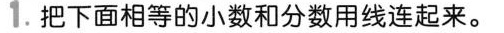
1.把下面相等的小数和分数用线连起来。